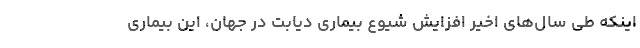
اینکه طی سال‌های اخیر افزایش شیوع بیماری دیابت در جهان، این بیماری